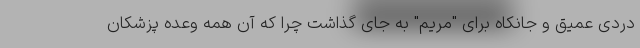
دردی عمیق و جانکاه برای "مریم" به جای گذاشت چرا که آن همه وعده پزشکان